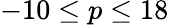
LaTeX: -10\le p\le 18